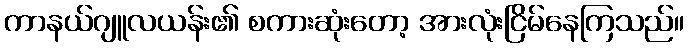
ကာနယ်ဂျူလယန်း၏ စကားဆုံးတော့ အားလုံးငြိမ်နေကြသည်။